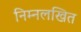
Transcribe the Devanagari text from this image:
निम्नलखित